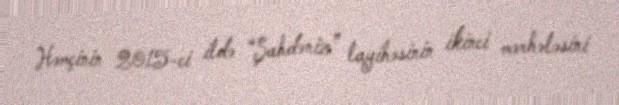
Həmçinin 2015-ci ildə “Şahdəniz” layihəsinin ikinci mərhələsini